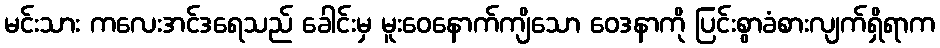
မင်းသား ကလေးအင်ဒရေသည် ခေါင်းမှ မူးဝေနောက်ကျိသော ဝေဒနာကို ပြင်းစွာခံစားလျက်ရှိရာက